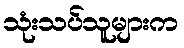
သုံးသပ်သူများက